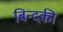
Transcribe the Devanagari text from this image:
बिन्‍दकी